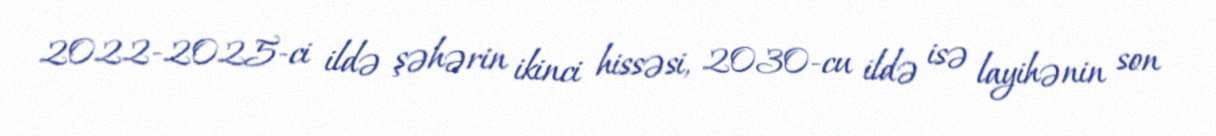
2022-2025-ci ildə şəhərin ikinci hissəsi, 2030-cu ildə isə layihənin son